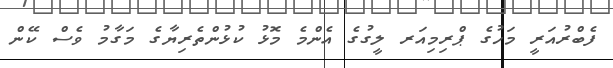
ފެބްރުއަރީ މަހުގެ ޕްރިމިއަރ ލީގުގެ އެންމެ މޮޅު ކުޅުންތެރިޔާގެ މަގާމު ވެސް ކޭން